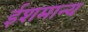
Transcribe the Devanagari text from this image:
ईशमान्य